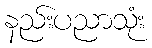
နည်းပညာသုံး